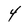
Character: 4